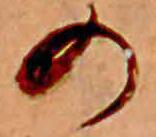
の